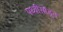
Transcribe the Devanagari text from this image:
पथ्वीसोडून